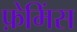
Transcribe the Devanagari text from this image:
फ़ेमिंस